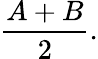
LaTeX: {\frac{A+B}{2}}.